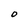
Character: O